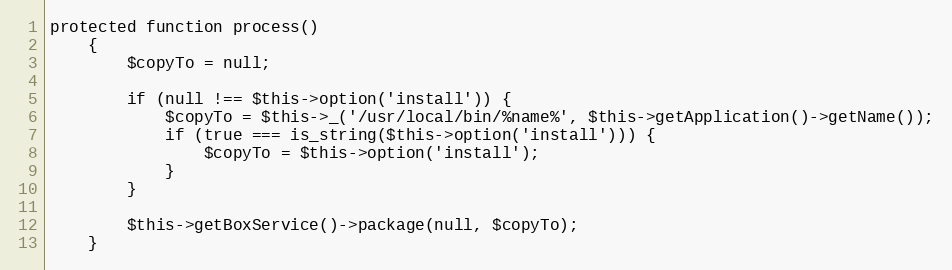
Language: PHP
protected function process()
    {
        $copyTo = null;

        if (null !== $this->option('install')) {
            $copyTo = $this->_('/usr/local/bin/%name%', $this->getApplication()->getName());
            if (true === is_string($this->option('install'))) {
                $copyTo = $this->option('install');
            }
        }

        $this->getBoxService()->package(null, $copyTo);
    }